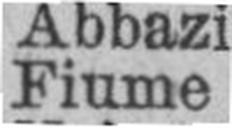
Fiume